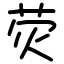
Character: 荧